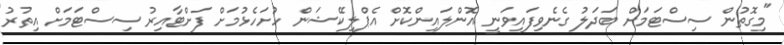
"މިގޮތުން ސިސްޓަމަށް ބަދަލު ގެނެވިފައިވަނީ އޮންލައިންކޮށް އެޕްލިކޭޝަން ހުށަހެޅުމަށް ފަށްޓާއިރު ސިސްޓަމަށް އިތުރު